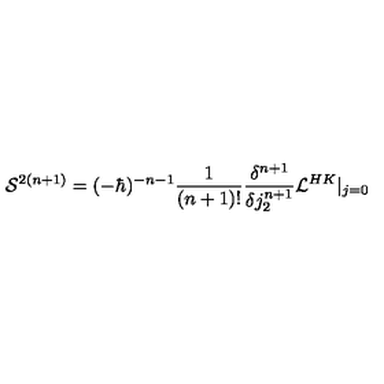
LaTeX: { \cal S } ^ { 2 ( n + 1 ) } = ( - \hbar ) ^ { - n - 1 } \frac 1 { ( n + 1 ) ! } \frac { \delta ^ { n + 1 } } { \delta j _ { 2 } ^ { n + 1 } } { \cal L } ^ { H K } \vert _ { j = 0 }